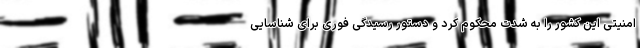
امنیتی این کشور را به شدت محکوم کرد و دستور رسیدگی فوری برای شناسایی